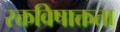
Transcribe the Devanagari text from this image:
रक्तविषाक्तता